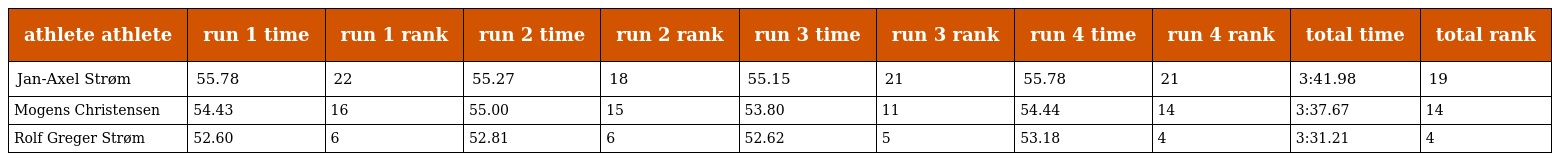
| athlete athlete | run 1 time | run 1 rank | run 2 time | run 2 rank | run 3 time | run 3 rank | run 4 time | run 4 rank | total time | total rank |
 | --- | --- | --- | --- | --- | --- | --- | --- | --- | --- | --- |
 | Jan-Axel Strøm | 55.78 | 22 | 55.27 | 18 | 55.15 | 21 | 55.78 | 21 | 3:41.98 | 19 |
 | Mogens Christensen | 54.43 | 16 | 55.00 | 15 | 53.80 | 11 | 54.44 | 14 | 3:37.67 | 14 |
 | Rolf Greger Strøm | 52.60 | 6 | 52.81 | 6 | 52.62 | 5 | 53.18 | 4 | 3:31.21 | 4 |